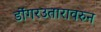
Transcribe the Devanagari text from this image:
डोंगरउतारावरुन